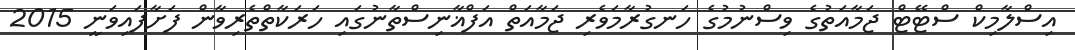
އިސްލާމިކް ސްޓޭޓް ޖަމާއަތުގެ ވިސްނުމުގެ ހަނގުރާމަވެރި ޖަމާއަތް އަފްޣާނިސްތާނުގައި ހަރަކާތްތެރިވާން ފަށާފައިވަނީ 2015